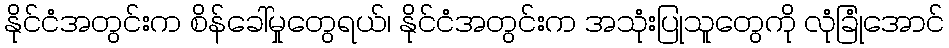
နိုင်ငံအတွင်းက စိန်ခေါ်မှုတွေရယ်၊ နိုင်ငံအတွင်းက အသုံးပြုသူတွေကို လုံခြုံအောင်